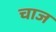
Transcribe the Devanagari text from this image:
चाज